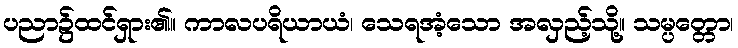
ပညာ၌ထင်ရှား၏။ ကာလပရိယာယံ၊ သေရအံ့သော အလှည့်သို့။ သမ္ပတ္တော၊